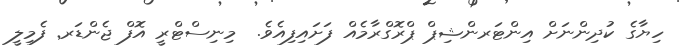
ހިޔާގެ ކުދިންނަށް އިންޓަރންޝިޕް ޕްރޮގްރާމެއް ފަށައިފިއެވެ.  މިނިސްޓްރީ އޮފް ޖެންޑަރ